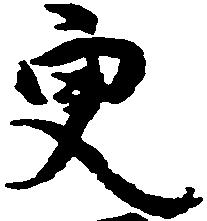
更